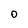
Character: o